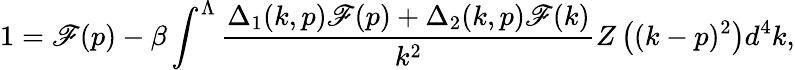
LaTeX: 1=\mathscr{F}(p)-\beta\int^{\Lambda}\frac{{\Delta_{1}(k,p)\mathscr{F}(p)+\Delta_{2}(k,p)\mathscr{F}(k)}}{{k^{2}}}Z\left((k-p)^{2}\right)d^{4}k,